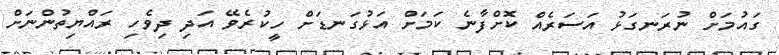
ގައުމަށް ނުރަނގަޅު އަސަރެއް ކޮށްފާނެ ކަމަށް އަޅުގަނޑަށް ހީކުރެވޭ އަދި ދިވެހި ރައްޔިތުންނަށް